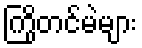
ကြိုတင်မဲများ